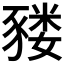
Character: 𰶬